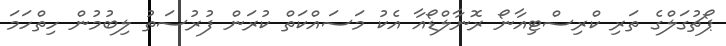
ޕޯޗުގަލްގެ ތަރި ކްރިސްޓިއާނޯ ރޮނާލްޑޯއާ އެކު މަސައްކަތް ކުރަން ފުރުސަތު ލިބުމުން ހިތްހަމަ